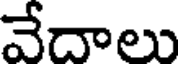
వేదాలు